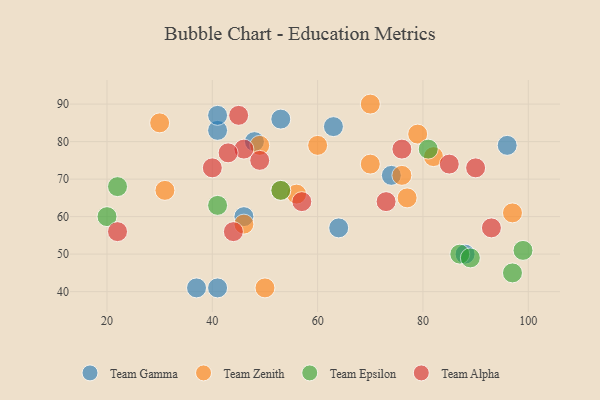
{"axis": {"x": "GDP", "y": "Life Expectancy"}, "legend": ["Team Alpha", "Team Epsilon", "Team Gamma", "Team Zenith"], "data": [{"x": "88", "y": 50, "type": "Team Gamma"}, {"x": "63", "y": 84, "type": "Team Gamma"}, {"x": "48", "y": 80, "type": "Team Gamma"}, {"x": "74", "y": 71, "type": "Team Gamma"}, {"x": "53", "y": 86, "type": "Team Gamma"}, {"x": "46", "y": 60, "type": "Team Gamma"}, {"x": "41", "y": 83, "type": "Team Gamma"}, {"x": "64", "y": 57, "type": "Team Gamma"}, {"x": "41", "y": 87, "type": "Team Gamma"}, {"x": "37", "y": 41, "type": "Team Gamma"}, {"x": "41", "y": 41, "type": "Team Gamma"}, {"x": "96", "y": 79, "type": "Team Gamma"}, {"x": "77", "y": 65, "type": "Team Zenith"}, {"x": "76", "y": 71, "type": "Team Zenith"}, {"x": "46", "y": 58, "type": "Team Zenith"}, {"x": "82", "y": 76, "type": "Team Zenith"}, {"x": "31", "y": 67, "type": "Team Zenith"}, {"x": "97", "y": 61, "type": "Team Zenith"}, {"x": "79", "y": 82, "type": "Team Zenith"}, {"x": "30", "y": 85, "type": "Team Zenith"}, {"x": "56", "y": 66, "type": "Team Zenith"}, {"x": "49", "y": 79, "type": "Team Zenith"}, {"x": "60", "y": 79, "type": "Team Zenith"}, {"x": "50", "y": 41, "type": "Team Zenith"}, {"x": "70", "y": 90, "type": "Team Zenith"}, {"x": "53", "y": 67, "type": "Team Zenith"}, {"x": "70", "y": 74, "type": "Team Zenith"}, {"x": "20", "y": 60, "type": "Team Epsilon"}, {"x": "22", "y": 68, "type": "Team Epsilon"}, {"x": "97", "y": 45, "type": "Team Epsilon"}, {"x": "53", "y": 67, "type": "Team Epsilon"}, {"x": "41", "y": 63, "type": "Team Epsilon"}, {"x": "87", "y": 50, "type": "Team Epsilon"}, {"x": "89", "y": 49, "type": "Team Epsilon"}, {"x": "99", "y": 51, "type": "Team Epsilon"}, {"x": "81", "y": 78, "type": "Team Epsilon"}, {"x": "45", "y": 87, "type": "Team Alpha"}, {"x": "73", "y": 64, "type": "Team Alpha"}, {"x": "40", "y": 73, "type": "Team Alpha"}, {"x": "90", "y": 73, "type": "Team Alpha"}, {"x": "85", "y": 74, "type": "Team Alpha"}, {"x": "22", "y": 56, "type": "Team Alpha"}, {"x": "49", "y": 75, "type": "Team Alpha"}, {"x": "46", "y": 78, "type": "Team Alpha"}, {"x": "43", "y": 77, "type": "Team Alpha"}, {"x": "44", "y": 56, "type": "Team Alpha"}, {"x": "76", "y": 78, "type": "Team Alpha"}, {"x": "93", "y": 57, "type": "Team Alpha"}, {"x": "57", "y": 64, "type": "Team Alpha"}]}